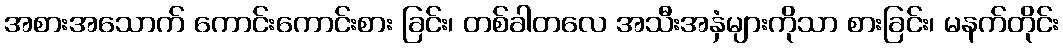
အစားအသောက် ကောင်းကောင်းစား ခြင်း၊ တစ်ခါတလေ အသီးအနှံများကိုသာ စားခြင်း၊ မနက်တိုင်း